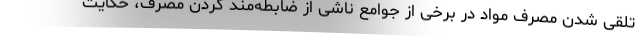
تلقی شدن مصرف مواد در برخی از جوامع ناشی از ضابطه‌مند کردن مصرف، حکایت